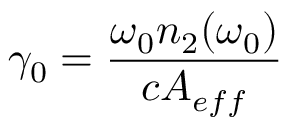
\gamma _ { 0 } = \frac { \omega _ { 0 } n _ { 2 } ( \omega _ { 0 } ) } { c A _ { e f f } }